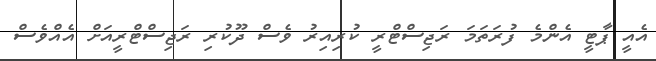
އެއީ ޕާޓީ އެންމެ ފުރަތަމަ ރަޖިސްޓްރީ ކުރިއިރު ވެސް ދޫކުރި ރަޖިސްޓްރީއަށް އެއްވެސް